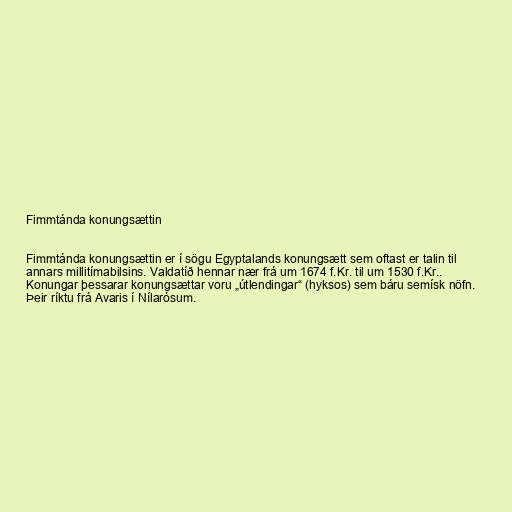
Fimmtánda konungsættin

Fimmtánda konungsættin er í sögu Egyptalands konungsætt sem oftast er talin til
annars millitímabilsins. Valdatíð hennar nær frá um 1674 f.Kr. til um 1530 f.Kr..
Konungar þessarar konungsættar voru „útlendingar“ (hyksos) sem báru semísk nöfn.
Þeir ríktu frá Avaris í Nílarósum.